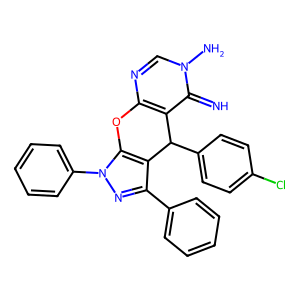
SMILES: N=c1c2c(ncn1N)Oc1c(c(-c3ccccc3)nn1-c1ccccc1)C2c1ccc(Cl)cc1
Inhibits HIV replication: No